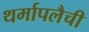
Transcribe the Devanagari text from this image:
थर्मापलैची